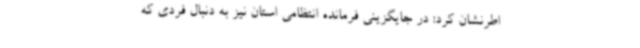
اطرنشان کرد: در جایگزینی فرمانده انتظامی استان نیز به دنبال فردی که